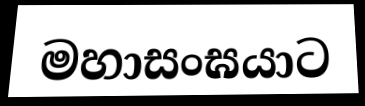
මහාසංඝයාට